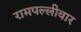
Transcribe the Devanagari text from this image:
रामपल्लीवार